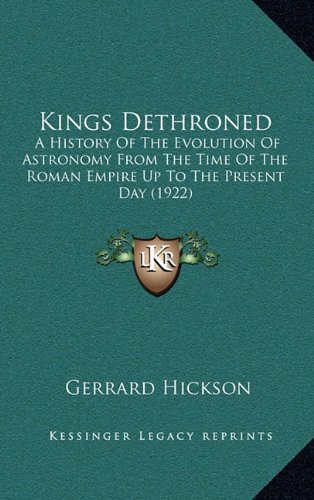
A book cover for Kings Dethroned: A History Of The Evolution Of Astronomy From The Time Of The Roman Empire Up To The Present Day (1922); Gerrard Hickson; Literature & Fiction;